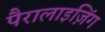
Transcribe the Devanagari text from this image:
पैरालाइज़िंग